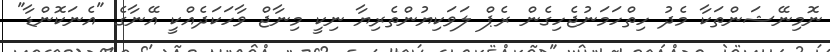
ނޮމިނޭޝަންތަކާ މެދު ހިތްހަމަނުޖެހިގެން ރެޕް ލަވަކިޔުންތެރިޔާ ނިކީ މިނާޖް ވާހަކަދެއްކީ އޭނާގެ "އެނަކޮންޑާ"